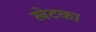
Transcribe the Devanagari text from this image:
खेटका